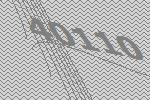
40110